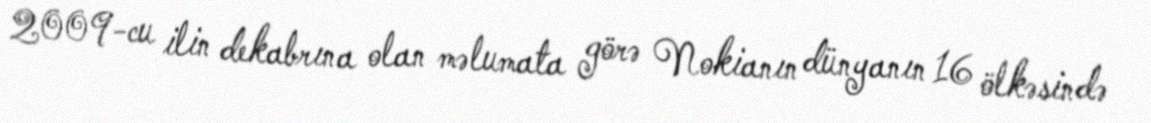
2009-cu ilin dekabrına olan məlumata görə Nokianın dünyanın 16 ölkəsində